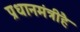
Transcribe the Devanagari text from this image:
प्रधानमंत्रीहै